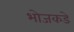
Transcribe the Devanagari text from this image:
भोजकडे